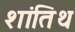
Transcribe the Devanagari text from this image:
शांतिथ